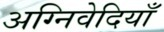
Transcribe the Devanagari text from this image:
अग्निवेदियाँ